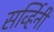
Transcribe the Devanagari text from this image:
सर्व्हिनी